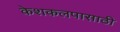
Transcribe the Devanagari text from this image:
केशकलपासाठी